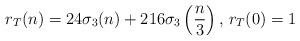
LaTeX: \begin{align*}r_T(n)=24\sigma_3(n)+216\sigma_{3}\left(\frac{n}{3}\right)\textrm{, }r_T(0)=1\end{align*}